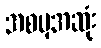
အစမှအဆုံး